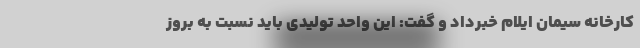
کارخانه سیمان ایلام خبرداد و گفت: این واحد تولیدی باید نسبت به بروز